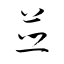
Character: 竝